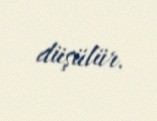
düşülür.